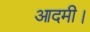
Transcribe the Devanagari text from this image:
आदमी।